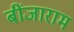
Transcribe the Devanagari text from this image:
बींजाराम